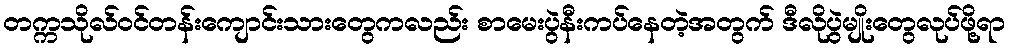
တက္ကသိုလ်ဝင်တန်းကျောင်းသားတွေကလည်း စာမေးပွဲနီးကပ်နေတဲ့အတွက် ဒီလိုပွဲမျိုးတွေလုပ်ဖို့ရာ